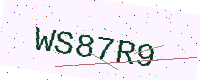
Text: WS87R9